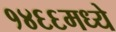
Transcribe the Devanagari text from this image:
१४६६मध्ये